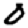
Digit: 0